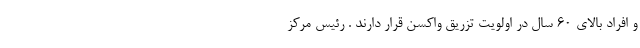
و افراد بالای ۶۰ سال در اولویت تزریق واکسن قرار دارند . رئیس مرکز